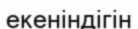
екеніндігін